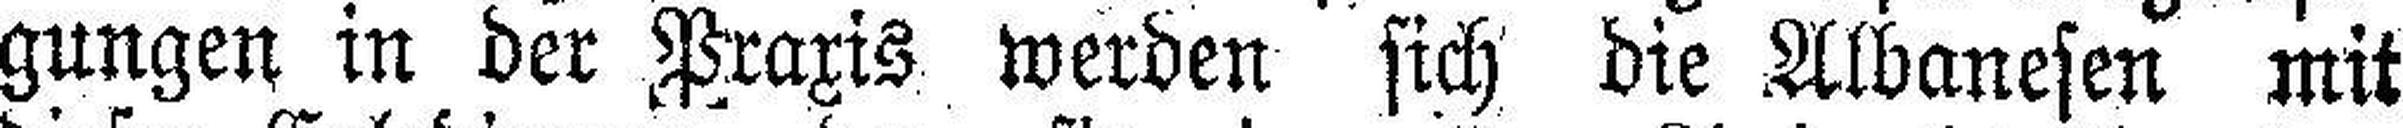
gungen in der Praxis werden sich die Albanesen mit